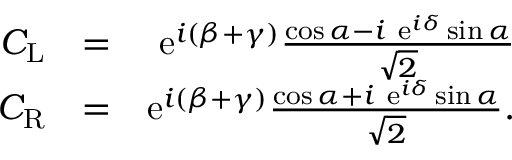
\begin{array} { r l r } { C _ { \mathrm { L } } } & { = } & { \mathrm { e } ^ { i ( \beta + \gamma ) } \frac { \cos \alpha - i \ \mathrm { e } ^ { i \delta } \sin \alpha } { \sqrt { 2 } } } \\ { C _ { \mathrm { R } } } & { = } & { \mathrm { e } ^ { i ( \beta + \gamma ) } \frac { \cos \alpha + i \ \mathrm { e } ^ { i \delta } \sin \alpha } { \sqrt { 2 } } . } \end{array}